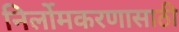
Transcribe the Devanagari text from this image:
निर्लोमकरणासाठी